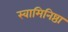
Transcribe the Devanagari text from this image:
स्वामिनिष्ठा